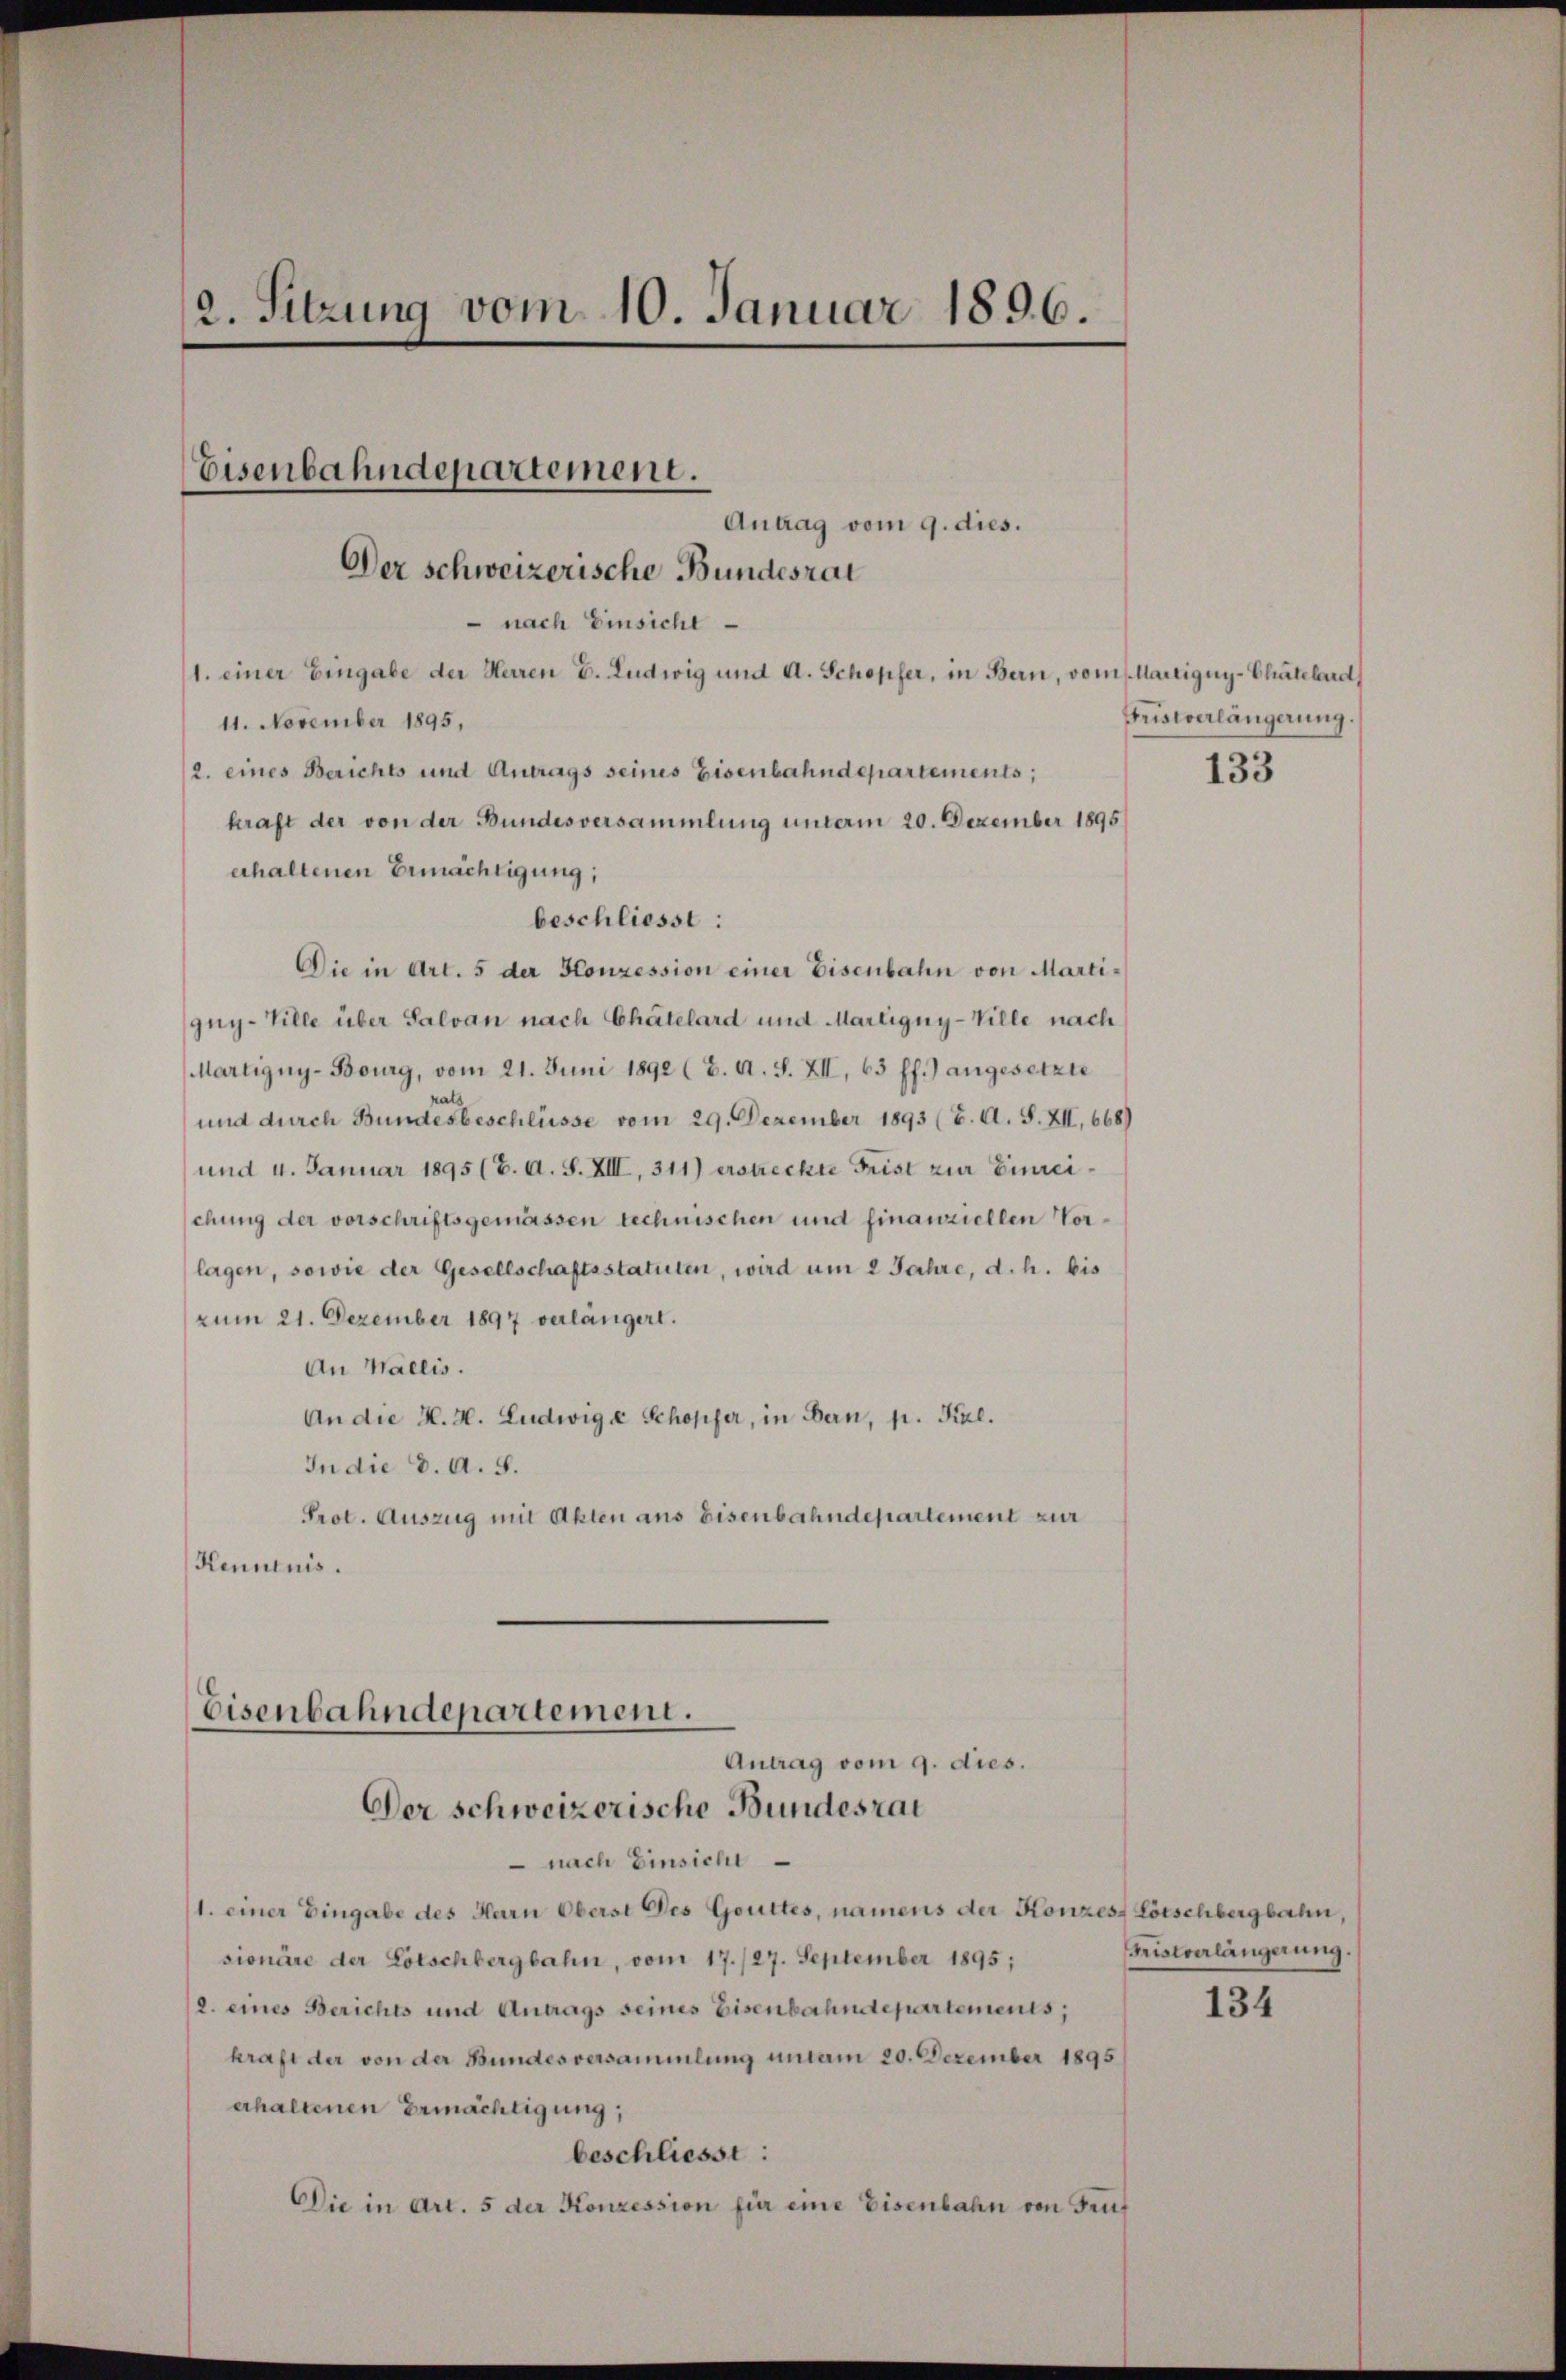
2. Sitzung vom 10. Januar 1896.

Eisenbahndepartement.

Antrag vom 9. dies.
Der schweizerische Bundesrat

nach Einsicht
1. einer Eingabe der Herren E. Ludwig und A. Schöpfer, in Bern, vom Martigny-Chatelard
11. November 1895,
2. eines Berichts und Antrags seines Eisenbahndepartements;
kraft der von der Bundesversammlung unterm 20. Dezember 1895
erhaltenen Ermächtigung;
Die in Art. 5 der Konzession einer Eisenbahn von Martigny-Ville über Salvan nach Chätelard und Martigny-Ville nach
MMartigny-Bourg, vom 21. Juni 1892 (2. A. S. XII, 63 ff.) angesetzte
und durch Bundesbeschlüsse vom 29. Dezember 1893 (6. A. S. XII., 668)
und 4. Januar 1895 (6. A. S. XIII, 311) erstreckte Frist zur Einreichung der vorschriftsgemässen technischen und finanziellen Vorlagen, sowie der Gesellschaftsstatuten, wird um 2 Jahre, d. h. bis
zum 21. Dezember 1897 verlängert.
An Wallis.
An die K. H. Ludwige Schopfer, in Bern, p. Kal.
In die d. A. S.
Prot. Auszug mit Akten ans Eisenbahndepartement zur
Kenntnis.

beschliesse:

nach Einsicht
(1. einer Eingabe des Herrn Oberst des Gottes, namens der Konzes Lötschbergbahn,
sionäre der Lötschbergbahn, vom 17./27. September 1895;
2. eines Berichts und Antrags seines Eisenbahndepartements,
kraft der von der Bundesversammlung untam 20. Dezember 1895
erhaltenen Ermächtigung;
beschliesse:
Die in Art. 5 der Konzession für eine Eisenbahn von Frut

Eisenbahndepartement.
Antrag vom 9. dies.
Der schweizerische Bundesrat

Fristverlängerung.

133

Fristverlängerung.

134